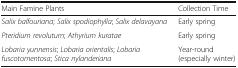
| Main Famine Plants | Collection Time |
 | --- | --- |
 | Salix balfouriana; Salix spodiophylla; Salix delavayana | Early spring |
 | Pteridium revolutum; Athyrium kuratae | Early spring |
 | Lobaria yunnensis; Lobaria orientalis; Lobaria fuscotomentosa; Stica nylanderiana | Year-round (especially winter) |